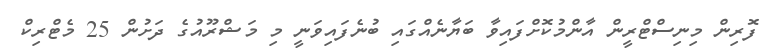
ފޮރިން މިނިސްޓްރީން އާންމުކޮށްފައިވާ ބަޔާނެއްގައި ބުނެފައިވަނީ މި މަޝްރޫއުގެ ދަށުން 25 މެޓްރިކް